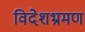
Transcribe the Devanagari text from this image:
विदेशभ्रमण